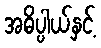
အဓိပ္ပါယ်နှင့်